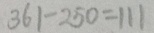
3 6 1 - 2 5 0 = 1 1 1